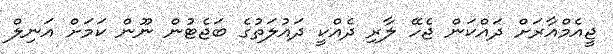
ޖީއެމްއާރަށް ދައްކަން ޖެހޭ ލާރި ދެއްކީ ދައުލަތުގެ ބަޖެޓުން ނޫން ކަމަށް އަނިލް